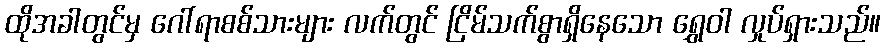
ထိုအခါတွင်မှ ဂေါ်ရာစစ်သားများ လက်တွင် ငြိမ်သက်စွာရှိနေသော ရွှေဝါ လှုပ်ရှားသည်။